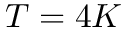
T = 4 K